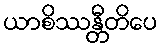
ယာစိဿန္တီတိပေ